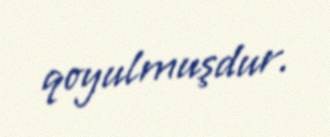
qoyulmuşdur.